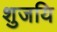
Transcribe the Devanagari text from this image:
शुजयि